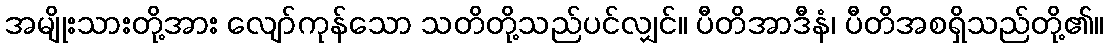
အမျိုးသားတို့အား လျော်ကုန်သော သတိတို့သည်ပင်လျှင်။ ပီတိအာဒီနံ၊ ပီတိအစရှိသည်တို့၏။